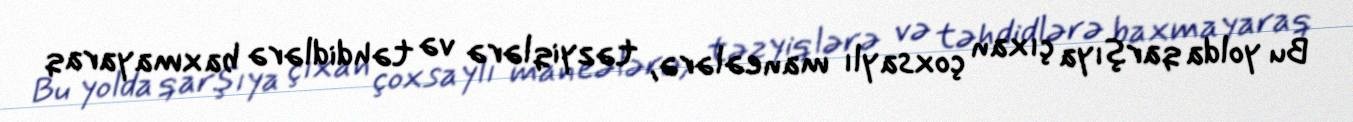
Bu yolda qarşıya çıxan çoxsaylı maneələrə, təzyiqlərə və təhdidlərə baxmayaraq